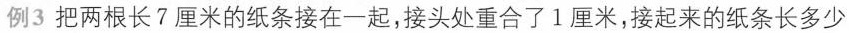
例3把两根长7厘米的纸条接在一起，接头处重合了1厘米，接起来的纸条长多少